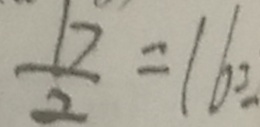
\frac { 1 7 } { 2 } = 1 6 \div